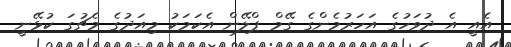
އެއީ އެ ދުވަހުގެ އަހަރުމެންގެ ގޭމް ޕްލޭން އެކަމަކު މިއަދުގެ މެޗުގަ ކުޅޭނީ